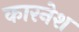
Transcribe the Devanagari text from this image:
कारनेश